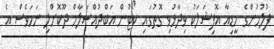
ފުލުހުންގެ މީޑިއާ އޮފިޝަލަކު ވިދާޅުވި ގޮތުގައި ކޯޓުން އަބްދުއްސަލާމް ދޫކޮށްލި ނަމަވެސް އެ